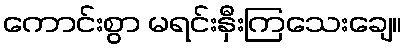
ကောင်းစွာ မရင်းနှီးကြသေးချေ။